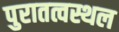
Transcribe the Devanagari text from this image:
पुरातत्वस्थल